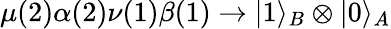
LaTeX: \mu(2)\alpha(2)\nu(1)\beta(1)\to|1\rangle_{B}\otimes|0\rangle_{A}